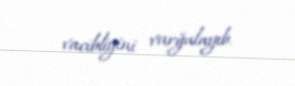
vacibliyini vurğulayıb.